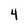
Character: 4